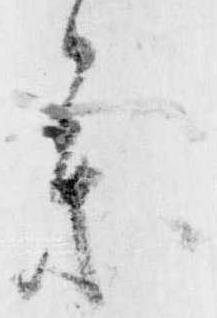
参